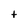
Character: t